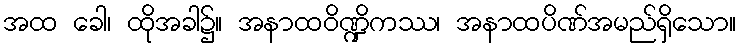
အထ ခေါ၊ ထိုအခါ၌။ အနာထဝိဏ္ဍိကဿ၊ အနာထပိဏ်အမည်ရှိသော။